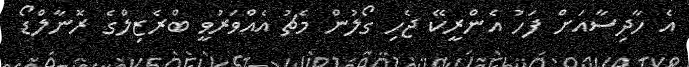
އެ ހާދިސާއަށް ފަހު އެންރީކޭ ޖެހި ގޯލުން މެޗު އެއްވަރުވީ ބްރެޒިލްގެ ރޮނާލްޑޯ